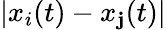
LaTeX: |x_{i}(t)-x_{\mathbf{j}}(t)|